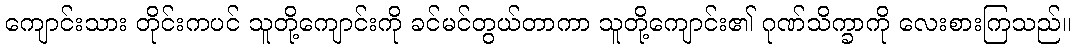
ကျောင်းသား တိုင်းကပင် သူတို့ကျောင်းကို ခင်မင်တွယ်တာကာ သူတို့ကျောင်း၏ ဂုဏ်သိက္ခာကို လေးစားကြသည်။